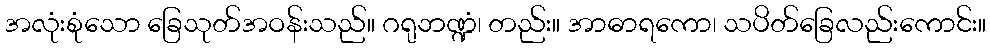
အလုံးစုံသော ခြေသုတ်အဝန်းသည်။ ဂရုဘဏ္ဍံ၊ တည်း။ အာဓာရကော၊ သပိတ်ခြေလည်းကောင်း။